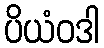
ပိယံဝဒါ